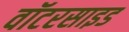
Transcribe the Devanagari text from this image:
वॉटरसाइड